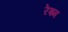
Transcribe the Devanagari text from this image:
रेश्म